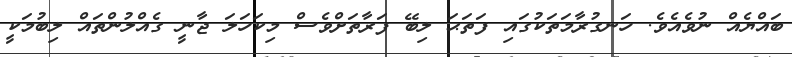
ބައްޔެއް ނުވެއެވެ. ހަނގުރާމަތަކުގައި ފަތަޙަ ލިބޭ ފަރާތަށްވެސް މިކަހަލަ ޖާނީ ގެއްލުންތައް ލިބުމަކީ